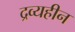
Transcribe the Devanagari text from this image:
द्रव्यहीन